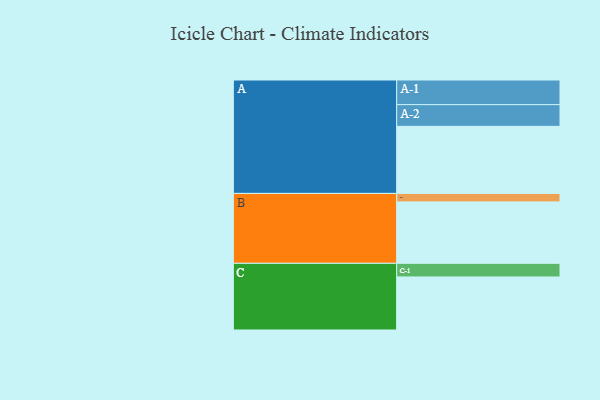
{"axis": {"x": "Segment", "y": "Value"}, "legend": ["", "A", "B", "C"], "data": [{"x": "A", "y": 512, "type": ""}, {"x": "B", "y": 469, "type": ""}, {"x": "C", "y": 405, "type": ""}, {"x": "A-1", "y": 188, "type": "A"}, {"x": "A-2", "y": 166, "type": "A"}, {"x": "B-1", "y": 65, "type": "B"}, {"x": "C-1", "y": 104, "type": "C"}]}